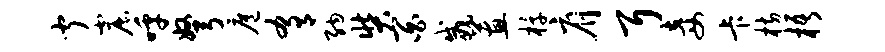
闻窟呼弩扈肴纳奘百威蕙椁肩耳妾卡枋梧